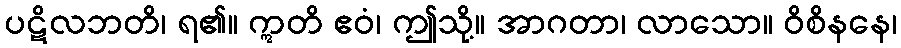
ပဋိလဘတိ၊ ရ၏။ ဣတိ ဧဝံ၊ ဤသို့။ အာဂတာ၊ လာသော။ ဝိစိနနေ၊